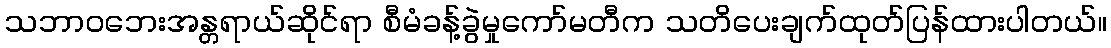
သဘာဝဘေးအန္တရာယ်ဆိုင်ရာ စီမံခန့်ခွဲမှုကော်မတီက သတိပေးချက်ထုတ်ပြန်ထားပါတယ်။